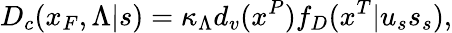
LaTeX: D_{c}(x_{F},\Lambda|s)=\kappa_{\Lambda}d_{v}(x^{P})f_{D}(x^{T}|u_{s}s_{s}),